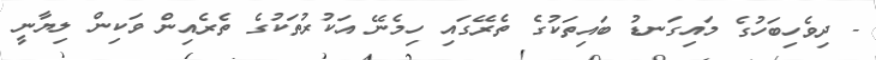
- ދިވެހިބަހުގެ މައިގަނޑު ބައިތަކުގެ ތެރޭގައި ހިމެނޭ އަކުރުތަކުގެ ތެރެއިން ވަކިން ލިޔާނީ